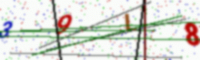
Text: 39L8